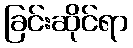
ခြင်းဆိုင်ရာ